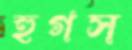
হুগস